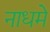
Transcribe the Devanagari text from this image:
नाधमे